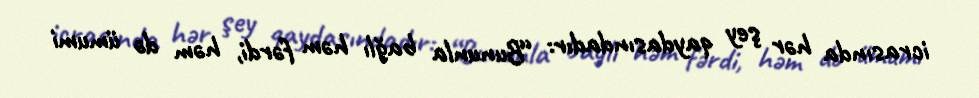
icrasında hər şey qaydasındadır: “Bununla bağlı həm fərdi, həm də ümumi